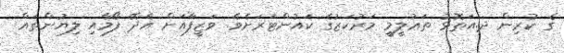
ގެ ކުރިން ދ.އަތޮޅު ތަޢުލީމީ މަރުކަޒުގެ ކައުންޓަރަށެވެ. ވަޒީފާއަށް އެދޭ ފޯމާއި ލިޔުންތައް